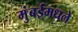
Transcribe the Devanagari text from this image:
मुंबईमधले